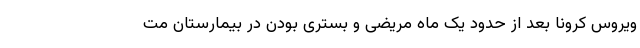
ویروس کرونا بعد از حدود یک ماه مریضی و بستری بودن در بیمارستان مت